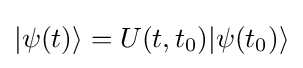
|\psi (t)\rangle =U(t,t_{0})|\psi (t_{0})\rangle